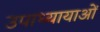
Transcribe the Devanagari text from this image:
उपाध्यायाओं